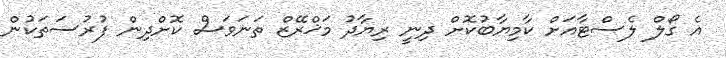
އެ ގޯލް ލެސްޓާއަށް ކާމިޔާބުކޮށް ދިނީ ރިޔާދު މަޚްރޭޒް ތަނަވަސް ކޮށްދިން ފުރުސަތަކުން